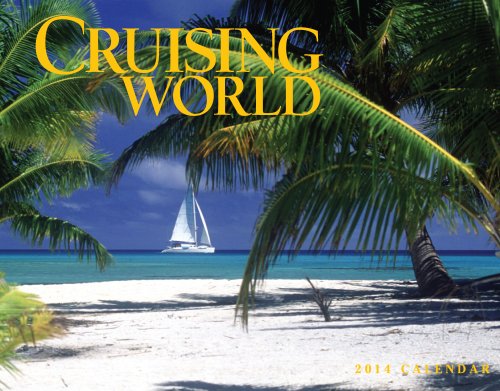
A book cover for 2014 Cruising World; Tide-mark; Calendars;